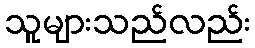
သူများသည်လည်း